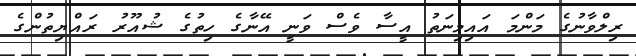
ރިލްވާނުގެ މަންމަ އައިމިނަތު އީސާ ވެސް ވަނީ އޭނާގެ ހިތުގެ ޝުއޫރު ރައްޔިތުންގެ